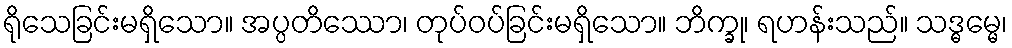
ရိုသေခြင်းမရှိသော။ အပ္ပတိဿော၊ တုပ်ဝပ်ခြင်းမရှိသော။ ဘိက္ခု၊ ရဟန်းသည်။ သဒ္ဓမ္မေ၊